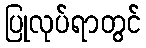
ပြုလုပ်ရာတွင်